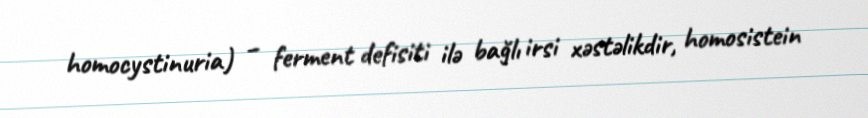
homocystinuria) – ferment defisiti ilə bağlı irsi xəstəlikdir, homosistein